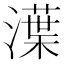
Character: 㵩